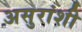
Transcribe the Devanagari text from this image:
असुरांशी